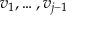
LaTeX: v _ { 1 } , \dots , v _ { j - 1 }